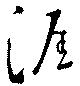
涯